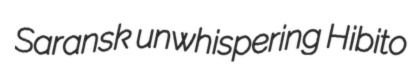
Saransk unwhispering Hibito